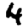
Digit: 4